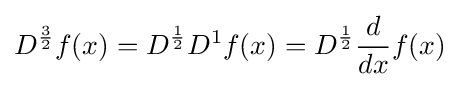
D^{\frac {3}{2}}f(x)=D^{\frac {1}{2}}D^{1}f(x)=D^{\frac {1}{2}}{\frac {d}{dx}}f(x)